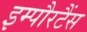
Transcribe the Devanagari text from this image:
इम्पौरटैंस